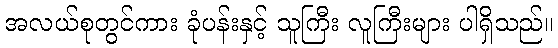
အလယ်စုတွင်ကား ခုံပန်းနှင့် သူကြီး လူကြီးများ ပါရှိသည်။